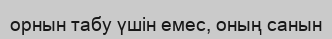
орнын табу үшін емес, оның санын